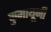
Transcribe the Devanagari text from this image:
कुमायूनी